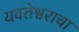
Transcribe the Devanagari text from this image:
यवतेश्वराचा